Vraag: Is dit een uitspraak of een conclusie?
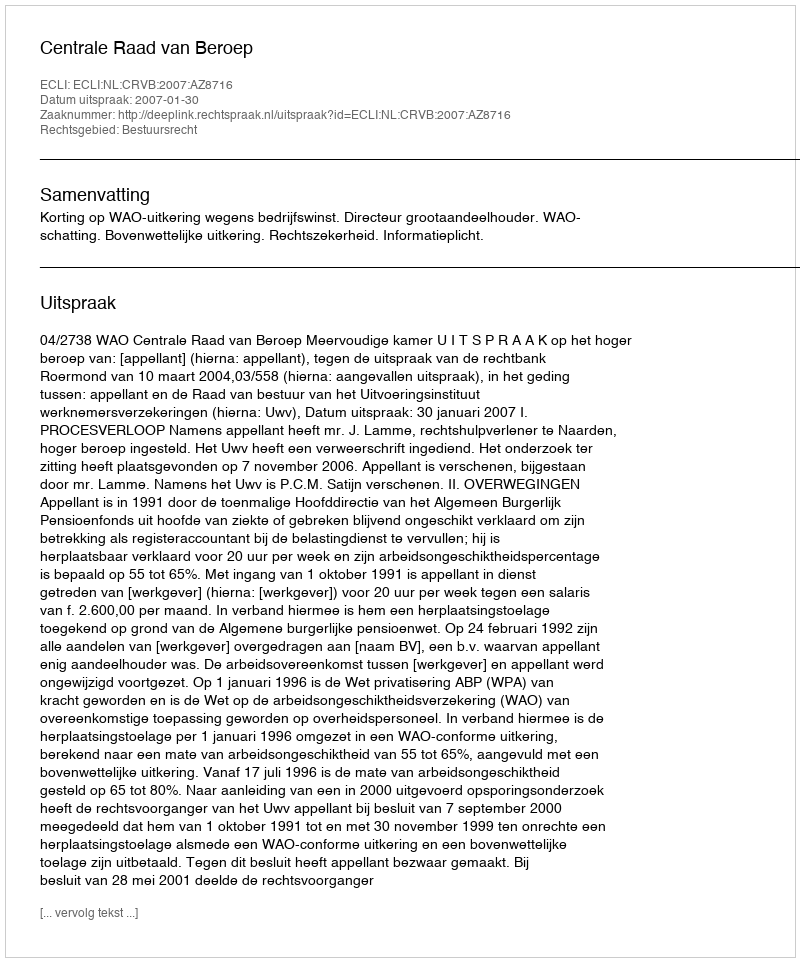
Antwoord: Uitspraak